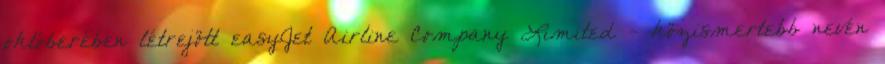
októberében létrejött easyJet Airline Company Limited - közismertebb nevén